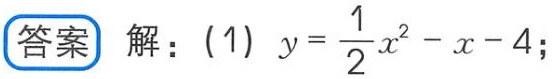
答案 解：(1) \(y = \frac{1}{2}x^{2}-x - 4\);